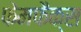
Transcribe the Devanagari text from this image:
फेमफैक्स